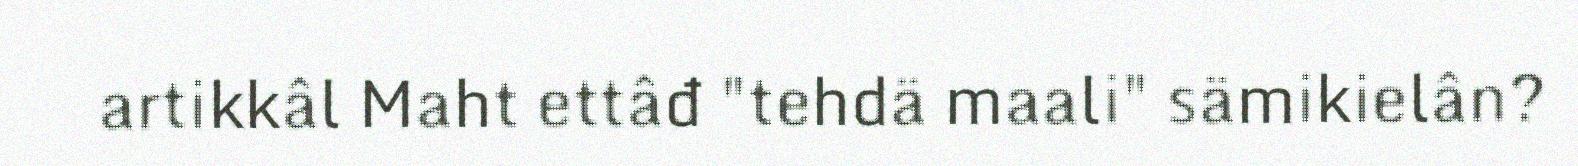
artikkâl Maht ettâđ "tehdä maali" sämikielân?